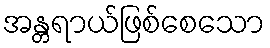
အန္တရာယ်ဖြစ်စေသော